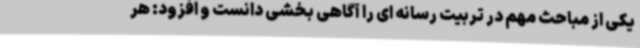
یکی از مباحث مهم در تربیت رسانه ای را آگاهی بخشی دانست و افزود: هر